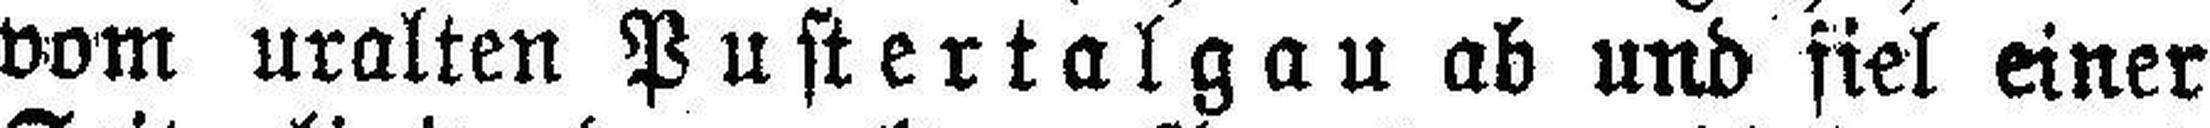
vom uralten Pustertalgau ab und fiel einer